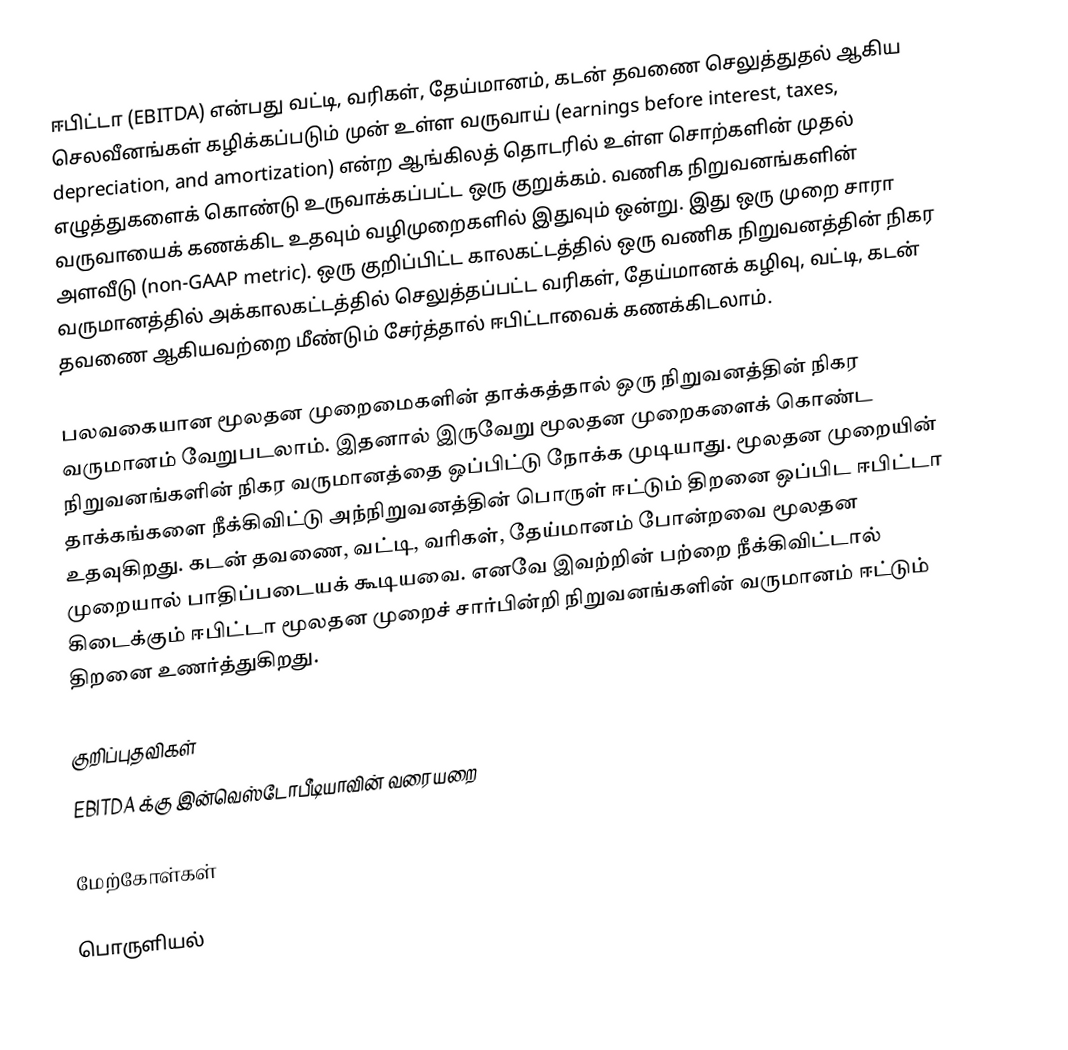
ஈபிட்டா (EBITDA) என்பது வட்டி, வரிகள், தேய்மானம், கடன் தவணை செலுத்துதல் ஆகிய செலவீனங்கள் கழிக்கப்படும் முன் உள்ள வருவாய் (earnings before interest, taxes, depreciation, and amortization) என்ற ஆங்கிலத் தொடரில் உள்ள சொற்களின் முதல் எழுத்துகளைக் கொண்டு உருவாக்கப்பட்ட ஒரு குறுக்கம். வணிக நிறுவனங்களின் வருவாயைக் கணக்கிட உதவும் வழிமுறைகளில் இதுவும் ஒன்று. இது ஒரு முறை சாரா அளவீடு (non-GAAP metric). ஒரு குறிப்பிட்ட காலகட்டத்தில் ஒரு வணிக நிறுவனத்தின் நிகர வருமானத்தில் அக்காலகட்டத்தில் செலுத்தப்பட்ட வரிகள், தேய்மானக் கழிவு, வட்டி, கடன் தவணை ஆகியவற்றை மீண்டும் சேர்த்தால் ஈபிட்டாவைக் கணக்கிடலாம்.

பலவகையான மூலதன முறைமைகளின் தாக்கத்தால் ஒரு நிறுவனத்தின் நிகர வருமானம் வேறுபடலாம். இதனால் இருவேறு மூலதன முறைகளைக் கொண்ட நிறுவனங்களின் நிகர வருமானத்தை ஒப்பிட்டு நோக்க முடியாது. மூலதன முறையின் தாக்கங்களை நீக்கிவிட்டு அந்நிறுவனத்தின் பொருள் ஈட்டும் திறனை ஒப்பிட ஈபிட்டா உதவுகிறது. கடன் தவணை, வட்டி, வரிகள், தேய்மானம் போன்றவை மூலதன முறையால் பாதிப்படையக் கூடியவை. எனவே இவற்றின் பற்றை நீக்கிவிட்டால் கிடைக்கும் ஈபிட்டா மூலதன முறைச் சார்பின்றி நிறுவனங்களின் வருமானம் ஈட்டும் திறனை உணர்த்துகிறது.

குறிப்புதவிகள்
 EBITDA க்கு இன்வெஸ்டோபீடியாவின் வரையறை

மேற்கோள்கள்

பொருளியல்